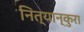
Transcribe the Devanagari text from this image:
नित्यान्कुरा